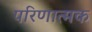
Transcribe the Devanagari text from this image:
परिणात्मक